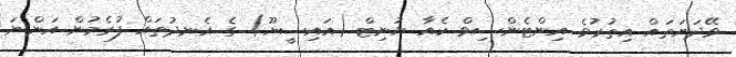
ވޭދަނަތައް އިތުރުވެ އިންޓެންސިވް ކެއާ ޔުނިޓް (އައިސީޔޫ) ގެ އެނދުތައް ފުރެމުން އަންނަ